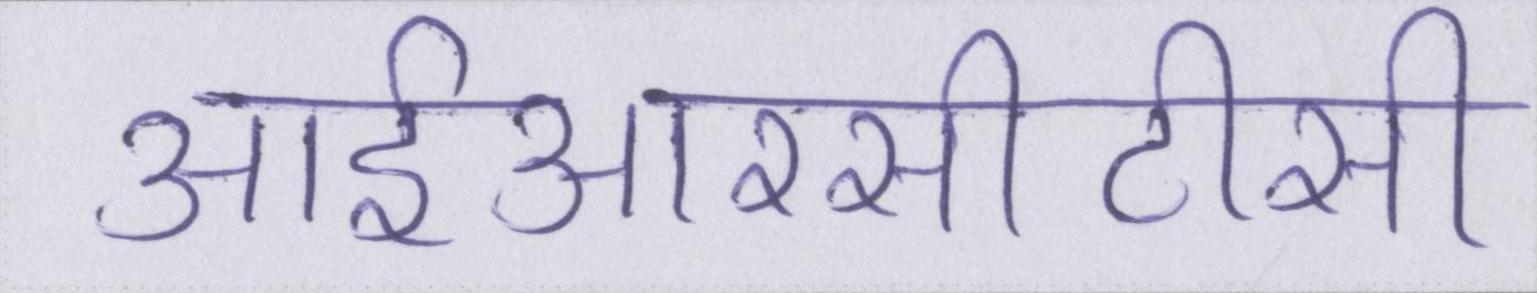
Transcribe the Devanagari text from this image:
आईआरसीटीसी